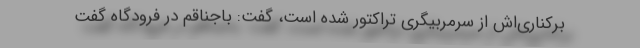
برکناری‌اش از سرمربیگری تراکتور شده است، گفت: باجناقم در فرودگاه گفت